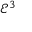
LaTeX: { \mathcal { E } } ^ { 3 }